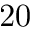
2 0